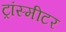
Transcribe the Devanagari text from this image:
ट्रांस्मीटर